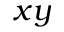
x y